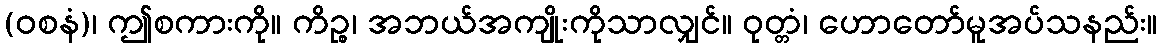
(ဝစနံ)၊ ဤစကားကို။ ကိဉ္စ၊ အဘယ်အကျိုးကိုသာလျှင်။ ဝုတ္တံ၊ ဟောတော်မူအပ်သနည်း။